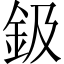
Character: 鈒